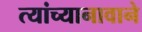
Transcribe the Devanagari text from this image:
त्यांच्यानावाने